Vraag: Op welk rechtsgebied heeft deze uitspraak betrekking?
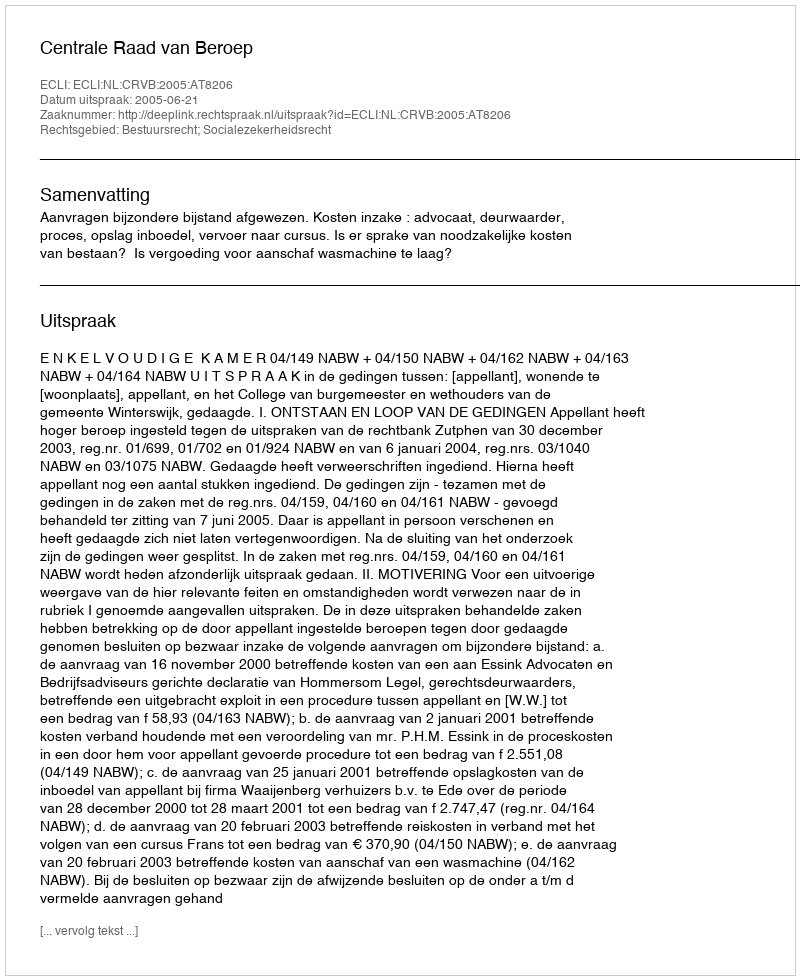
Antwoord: Bestuursrecht; Socialezekerheidsrecht